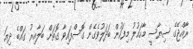
ރާއްޖޭގެ ސިޔާސީ މާހައުލު މިފަހުން ބަދަލުވެގެން ގޮސްފައިވާ ގޮތަށް ބަލާއިރު ގައްބެ ދިޔަ